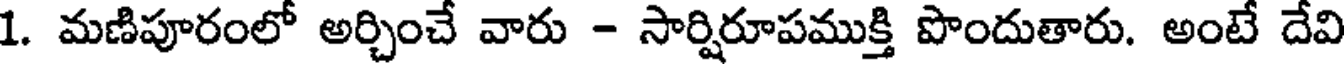
1. మణిపూరంలో అర్చించే వారు - సార్షిరూపముక్తి పొందుతారు. అంటే దేవి